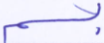
بسم